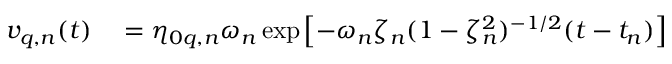
\begin{array} { r l } { v _ { q , n } ( t ) } & { { } = \eta _ { 0 q , n } \omega _ { n } \exp \! \; \! \left[ { - \omega _ { n } \zeta _ { n } ( 1 - \zeta _ { n } ^ { 2 } ) ^ { - 1 / 2 } ( t - t _ { n } ) } \right] } \end{array}